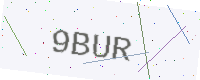
Text: 9BUR